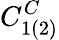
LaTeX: C_{1(2)}^{C}